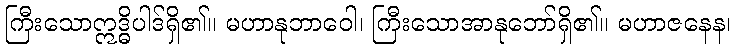
ကြီးသောဣဒ္ဓိပါဒ်ရှိ၏။ မဟာနုဘာဝေါ၊ ကြီးသောအာနုဘော်ရှိ၏။ မဟာဇနေန၊